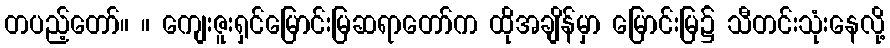
တပည့်တော်။ ။ ကျေးဇူးရှင်မြောင်းမြဆရာတော်က ထိုအချိန်မှာ မြောင်းမြ၌ သီတင်းသုံးနေလို့